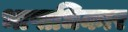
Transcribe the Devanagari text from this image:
भाषाधिकार